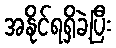
အနိုင်ရရှိခဲ့ပြီး